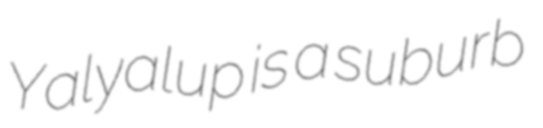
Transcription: Yalyalup is a suburb